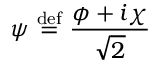
\psi \ { \stackrel { \mathrm { d e f } } { = } } \ { \frac { \phi + i \chi } { \sqrt { 2 } } }